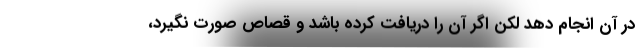
در آن انجام دهد لکن اگر آن را دریافت کرده باشد و قصاص صورت نگیرد،